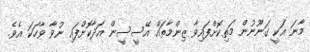
މާނަ އަކީ ގަނޫނުން މަތިކޮށްފައިވާ ޒިންމާތައް އޭސީސީން އަދާކޮށްފައި ނުވާ ވާހަކަ އެވެ.